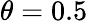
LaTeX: \textstyle\theta=0.5